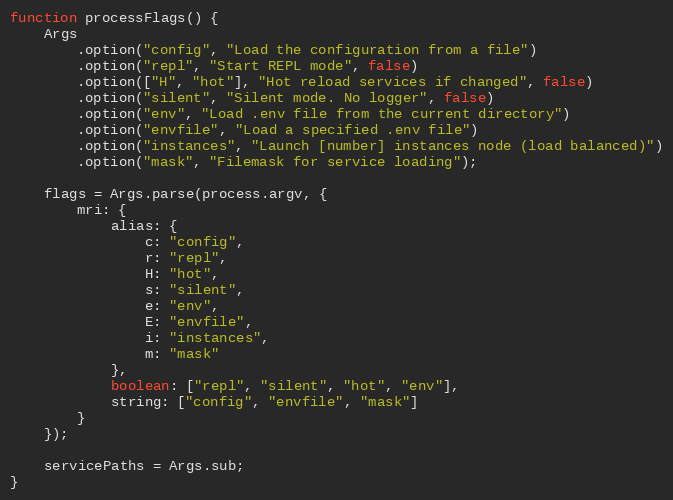
Language: JavaScript
function processFlags() {
	Args
		.option("config", "Load the configuration from a file")
		.option("repl", "Start REPL mode", false)
		.option(["H", "hot"], "Hot reload services if changed", false)
		.option("silent", "Silent mode. No logger", false)
		.option("env", "Load .env file from the current directory")
		.option("envfile", "Load a specified .env file")
		.option("instances", "Launch [number] instances node (load balanced)")
		.option("mask", "Filemask for service loading");

	flags = Args.parse(process.argv, {
		mri: {
			alias: {
				c: "config",
				r: "repl",
				H: "hot",
				s: "silent",
				e: "env",
				E: "envfile",
				i: "instances",
				m: "mask"
			},
			boolean: ["repl", "silent", "hot", "env"],
			string: ["config", "envfile", "mask"]
		}
	});

	servicePaths = Args.sub;
}